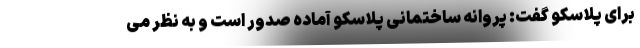
برای پلاسکو گفت: پروانه ساختمانی پلاسکو آماده صدور است و به نظر می